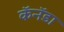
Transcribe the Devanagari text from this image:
कॅनॅडा